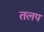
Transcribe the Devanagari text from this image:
तलप